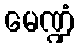
မေဏ္ဍံ